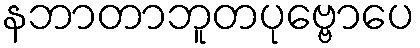
နဘာတာဘူတပုဗ္ဗောပေ